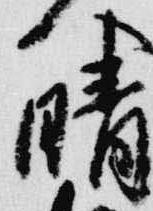
晴